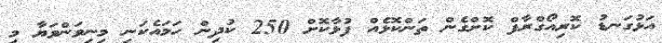
އަޅުގަނޑު ކޮރިއޯގްރާފް ކޮށްގެން ތަންކޮޅެއް ފުޅާކޮށް 250 ކުދިން ހަމައެކަނި މިނިވަންވަޔާ މި